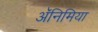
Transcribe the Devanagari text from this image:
अॅनिमिया